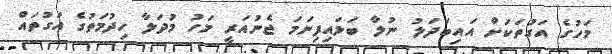
މަހުގެ އަގުތަކަށް އައިބަދަލު ނުލާ ބަލައިފިނަމަ ޖެނުއަރީ މަހު މުދަލާ ހިދުމަތުގެ އަގުތައް